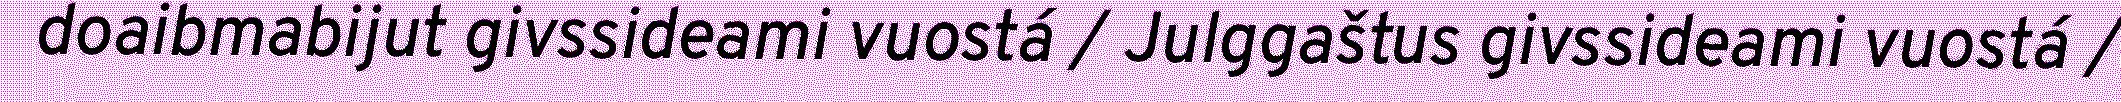
doaibmabijut givssideami vuostá / Julggaštus givssideami vuostá /